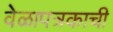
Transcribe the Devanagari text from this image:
वेळापत्रकाची